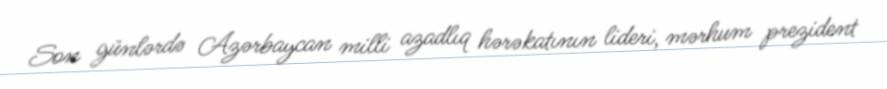
Son günlərdə Azərbaycan milli azadlıq hərəkatının lideri, mərhum prezident